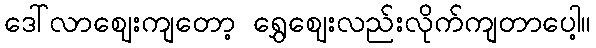
ဒေါ်လာဈေးကျတော့ ရွှေဈေးလည်းလိုက်ကျတာပေါ့။